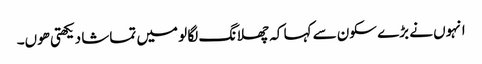
انہوں نے بڑے سکون سے کہا کہ چھلانگ لگا لو میں تماشا دیکھتی ھوں۔